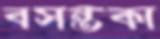
বসন্তকা